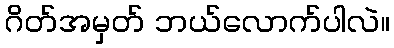
ဂိတ်အမှတ် ဘယ်လောက်ပါလဲ။